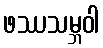
ဖဿသမ္ဘဝါ